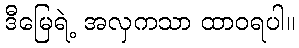
ဒီမြေရဲ့ အလှကသာ ထာဝရပါ။